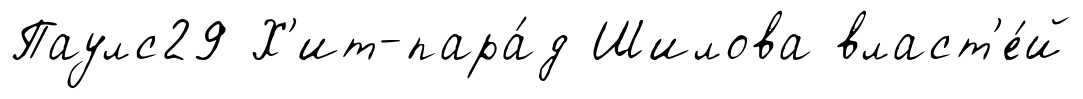
Паулс29 Х'ит-пара́д Шилова власт'е́й